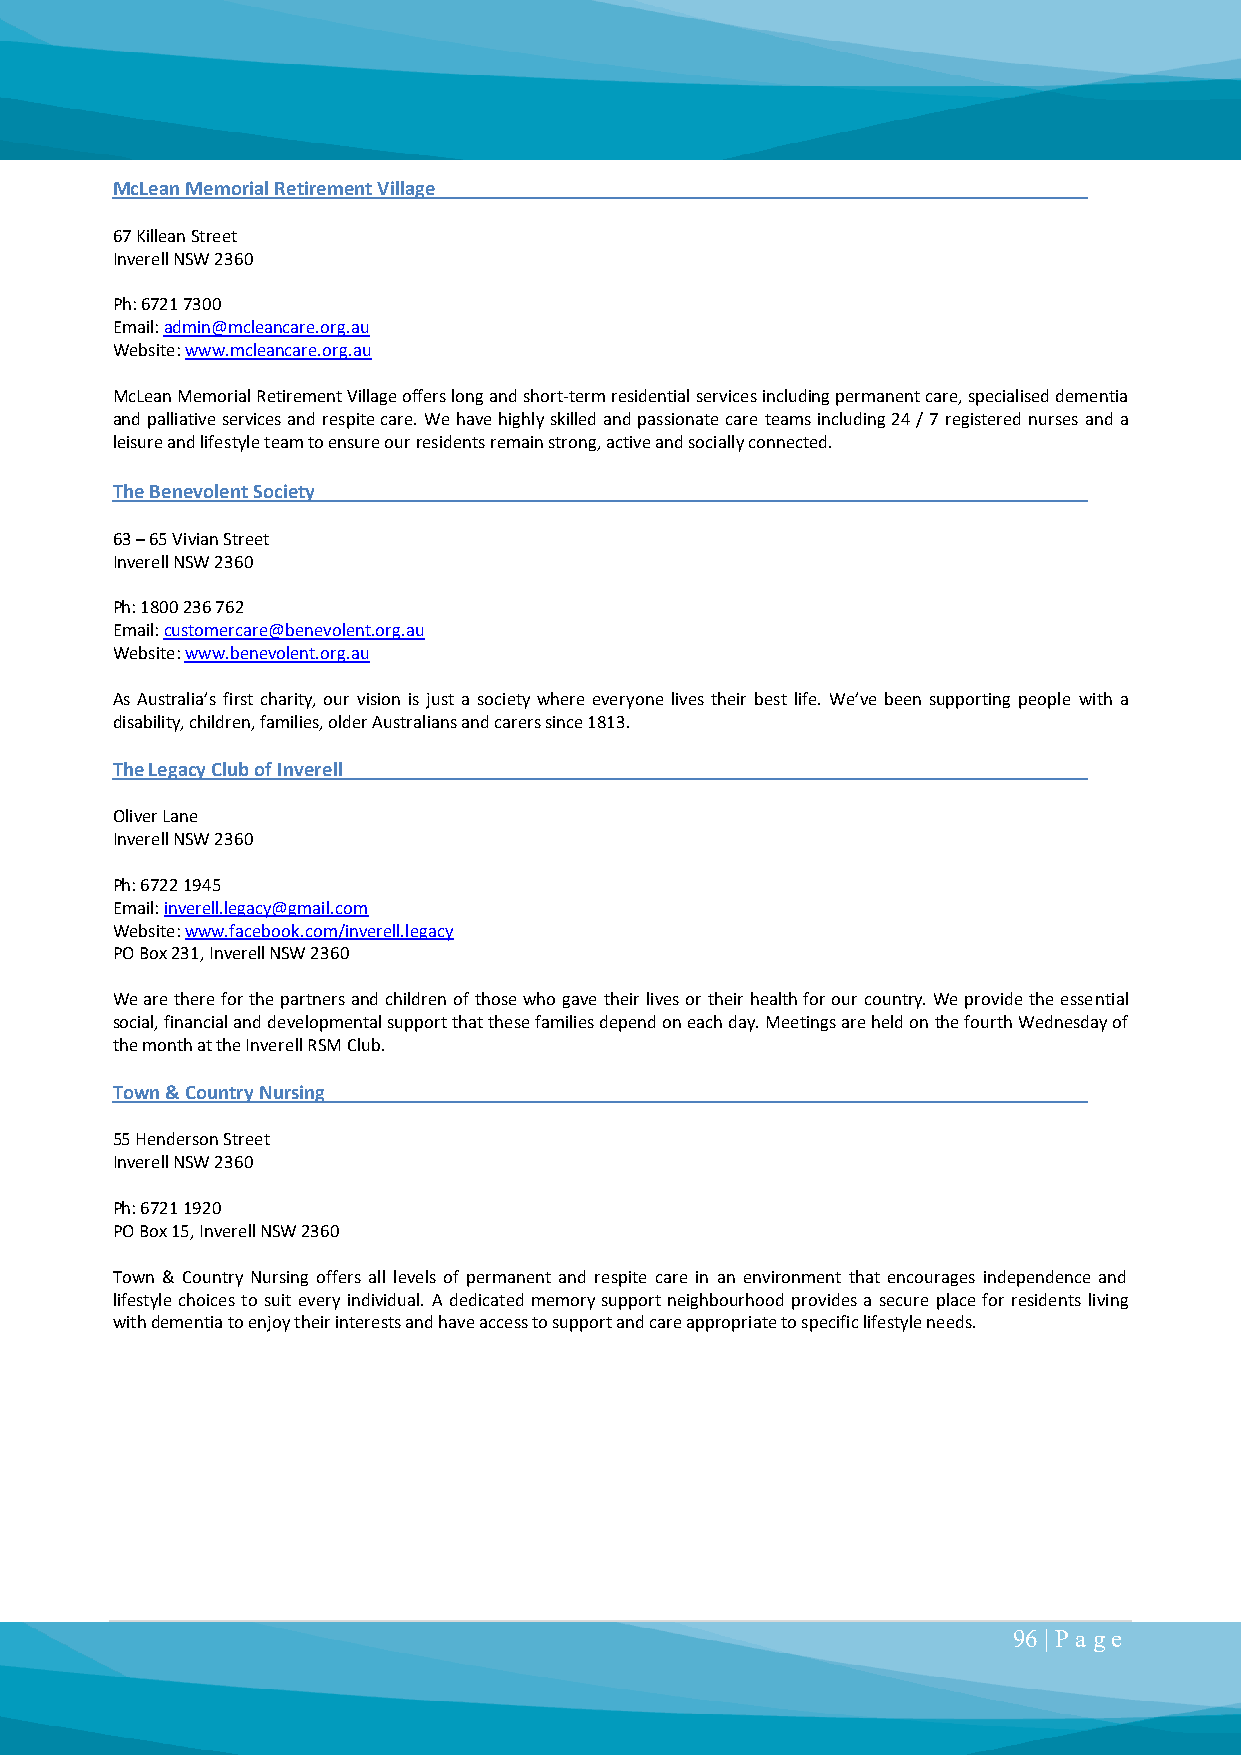
McLean Memorial Retirement Village
 67 Killean Street
 Inverell NSW 2360
 Ph: 6721 7300
 Email: admin@mcleancare.org.au
 Website: www.mcleancare.org.au
 McLean Memorial Retirement Village offers long and short-term residential services including permanent care, specialised dementia
 and palliative services and respite care. We have highly skilled and passionate care teams including 24 / 7 registered nurses and a
 leisure and lifestyle team to ensure our residents remain strong, active and socially connected.
 The Benevolent Society
 63 – 65 Vivian Street
 Inverell NSW 2360
 Ph: 1800 236 762
 Email: customercare@benevolent.org.au
 Website: www.benevolent.org.au
 As Australia’s first charity, our vision is just a society where everyone lives their best life. We’ve been supporting people with a
 disability, children, families, older Australians and carers since 1813.
 The Legacy Club of Inverell
 Oliver Lane
 Inverell NSW 2360
 Ph: 6722 1945
 Email: inverell.legacy@gmail.com
 Website: www.facebook.com/inverell.legacy
 PO Box 231, Inverell NSW 2360
 We are there for the partners and children of those who gave their lives or their health for our country. We provide the essential
 social, financial and developmental support that these families depend on each day. Meetings are held on the fourth Wednesday of
 the month at the Inverell RSM Club.
 Town & Country Nursing
 55 Henderson Street
 Inverell NSW 2360
 Ph: 6721 1920
 PO Box 15, Inverell NSW 2360
 Town & Country Nursing offers all levels of permanent and respite care in an environment that encourages independence and
 lifestyle choices to suit every individual. A dedicated memory support neighbourhood provides a secure place for residents living
 with dementia to enjoy their interests and have access to support and care appropriate to specific lifestyle needs.
 96 | P a ge